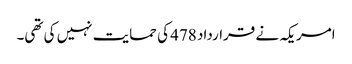
امریکہ نے قرارداد 478 کی حمایت نہیں کی تھی۔